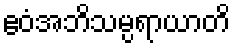
ဧဝံအဘိသမ္ပရာယာတိ